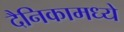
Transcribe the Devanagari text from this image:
दैनिकामध्ये